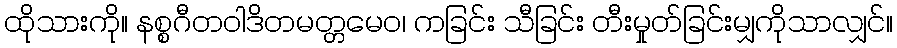
ထိုသားကို။ နစ္စဂီတဝါဒိတမတ္တမေဝ၊ ကခြင်း သီခြင်း တီးမှုတ်ခြင်းမျှကိုသာလျှင်။